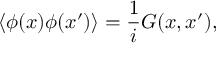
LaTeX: \langle \phi ( x ) \phi ( x ^ { \prime } ) \rangle = { \frac { 1 } { i } } G ( x , x ^ { \prime } ) ,